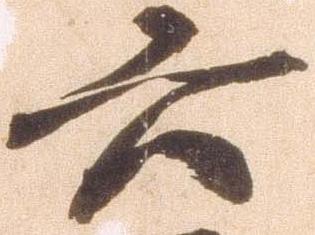
六